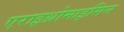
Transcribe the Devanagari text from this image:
एराइथ्रोमाइसिन